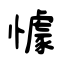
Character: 懅